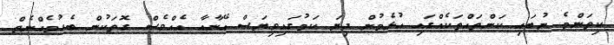
ކިތަންމެ ނުބައި ކަންތައްތަކެއްގައި އުޅެމުން ދިޔަ ކަމުގައިވިޔަސް އޭނާއާ އެއްވެސް ގޮތަކުން ބެހުމެއްނެތް